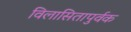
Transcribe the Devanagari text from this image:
विलासितापुर्वक